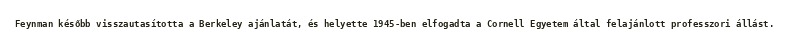
Feynman később visszautasította a Berkeley ajánlatát, és helyette 1945-ben elfogadta a Cornell Egyetem által felajánlott professzori állást.